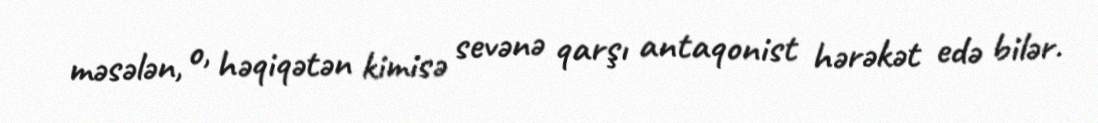
məsələn, o, həqiqətən kimisə sevənə qarşı antaqonist hərəkət edə bilər.